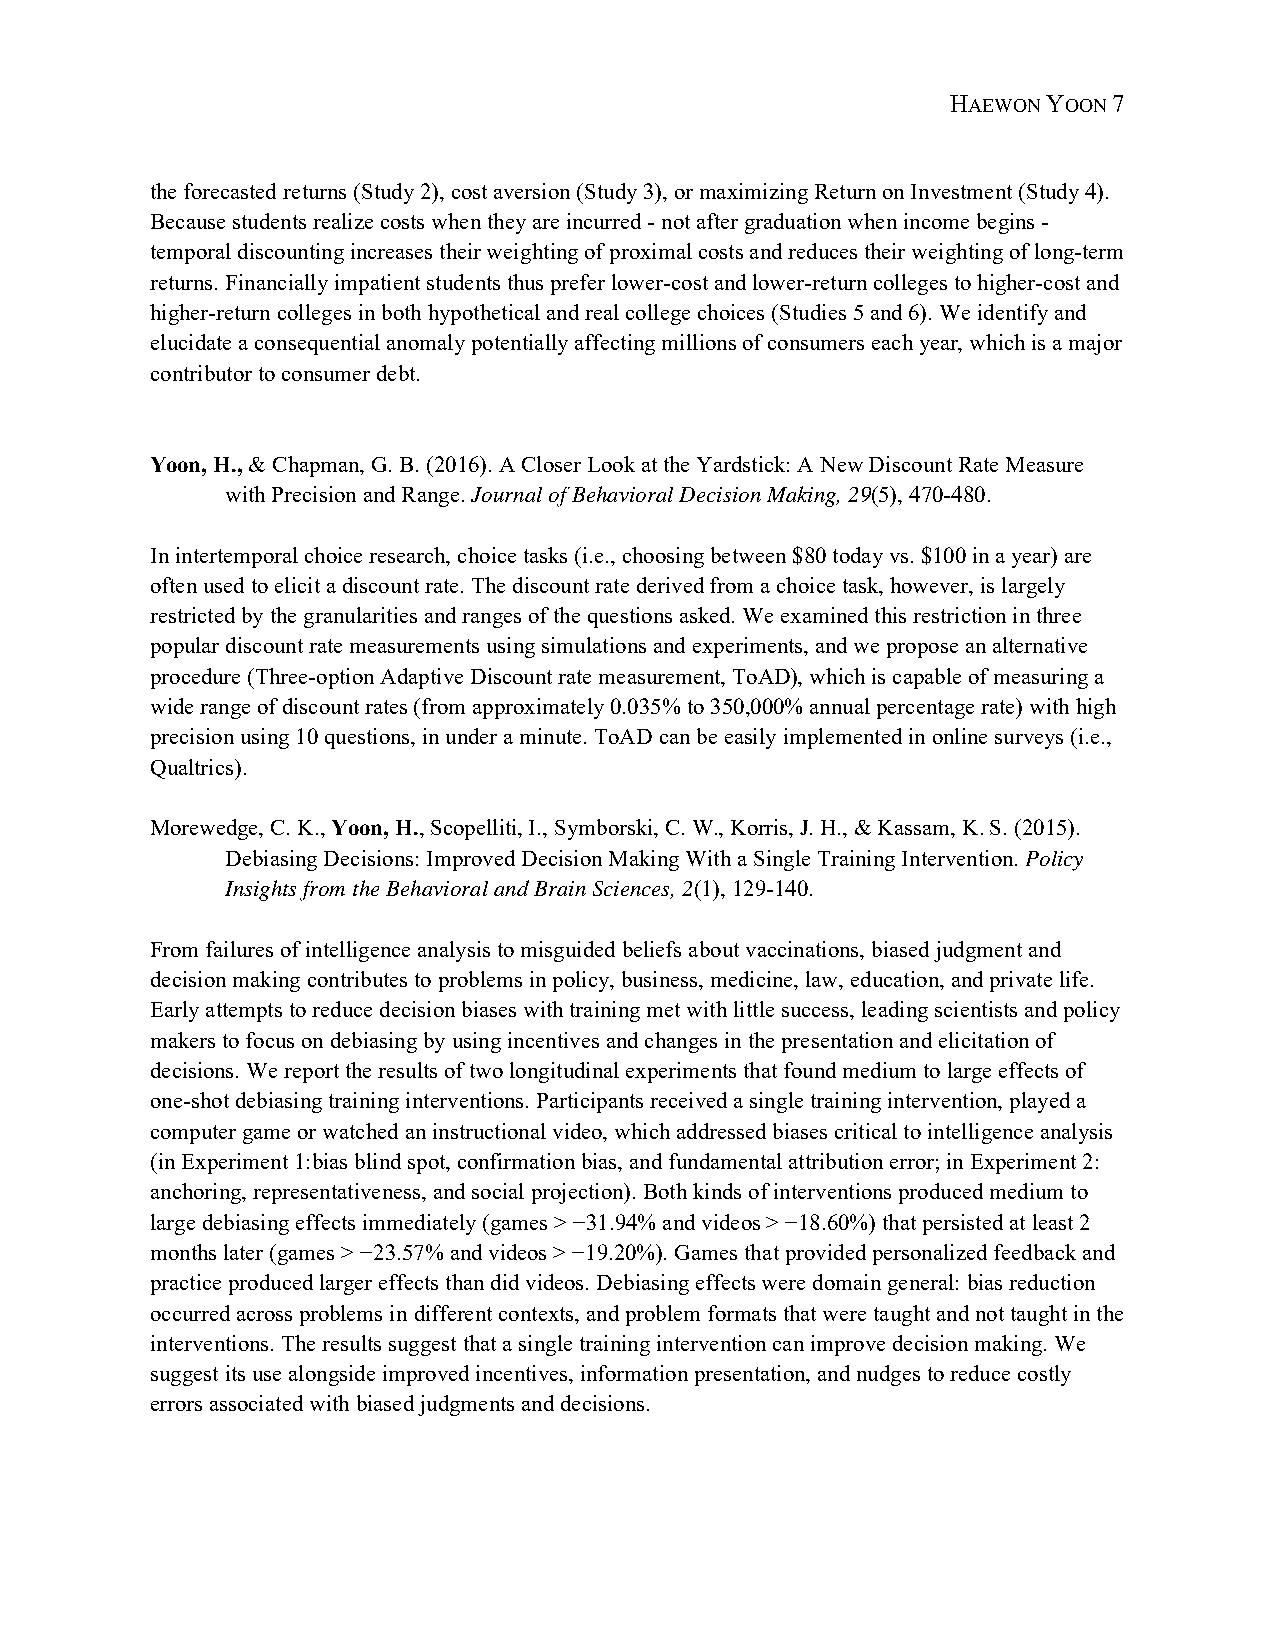
HAEWON YOON 7
 the forecasted returns (Study 2), cost aversion (Study 3), or maximizing Return on Investment (Study 4).
 Because students realize costs when they are incurred - not after graduation when income begins -
 temporal discounting increases their weighting of proximal costs and reduces their weighting of long-term
 returns. Financially impatient students thus prefer lower-cost and lower-return colleges to higher-cost and
 higher-return colleges in both hypothetical and real college choices (Studies 5 and 6). We identify and
 elucidate a consequential anomaly potentially affecting millions of consumers each year, which is a major
 contributor to consumer debt.
 Yoon, H., & Chapman, G. B. (2016). A Closer Look at the Yardstick: A New Discount Rate Measure
 with Precision and Range. Journal of Behavioral Decision Making, 29(5), 470-480.
 In intertemporal choice research, choice tasks (i.e., choosing between $80 today vs. $100 in a year) are
 often used to elicit a discount rate. The discount rate derived from a choice task, however, is largely
 restricted by the granularities and ranges of the questions asked. We examined this restriction in three
 popular discount rate measurements using simulations and experiments, and we propose an alternative
 procedure (Three-option Adaptive Discount rate measurement, ToAD), which is capable of measuring a
 wide range of discount rates (from approximately 0.035% to 350,000% annual percentage rate) with high
 precision using 10 questions, in under a minute. ToAD can be easily implemented in online surveys (i.e.,
 Qualtrics).
 Morewedge, C. K., Yoon, H., Scopelliti, I., Symborski, C. W., Korris, J. H., & Kassam, K. S. (2015).
 Debiasing Decisions: Improved Decision Making With a Single Training Intervention. Policy
 Insights from the Behavioral and Brain Sciences, 2(1), 129-140.
 From failures of intelligence analysis to misguided beliefs about vaccinations, biased judgment and
 decision making contributes to problems in policy, business, medicine, law, education, and private life.
 Early attempts to reduce decision biases with training met with little success, leading scientists and policy
 makers to focus on debiasing by using incentives and changes in the presentation and elicitation of
 decisions. We report the results of two longitudinal experiments that found medium to large effects of
 one-shot debiasing training interventions. Participants received a single training intervention, played a
 computer game or watched an instructional video, which addressed biases critical to intelligence analysis
 (in Experiment 1:bias blind spot, confirmation bias, and fundamental attribution error; in Experiment 2:
 anchoring, representativeness, and social projection). Both kinds of interventions produced medium to
 large debiasing effects immediately (games > −31.94% and videos > −18.60%) that persisted at least 2
 months later (games > −23.57% and videos > −19.20%). Games that provided personalized feedback and
 practice produced larger effects than did videos. Debiasing effects were domain general: bias reduction
 occurred across problems in different contexts, and problem formats that were taught and not taught in the
 interventions. The results suggest that a single training intervention can improve decision making. We
 suggest its use alongside improved incentives, information presentation, and nudges to reduce costly
 errors associated with biased judgments and decisions.